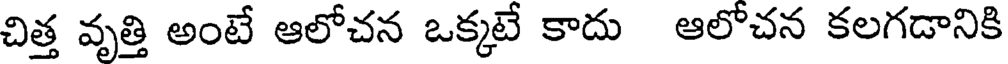
చిత్త వృత్తి అంటే ఆలోచన ఒక్కటే కాదు ఆలోచన కలగడానికి